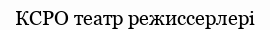
КСРО театр режиссерлері